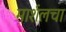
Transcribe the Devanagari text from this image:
मार्शलचा